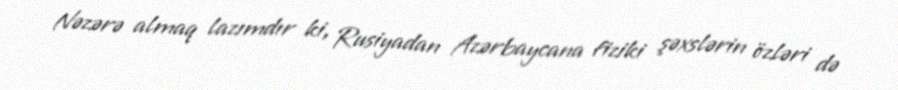
Nəzərə almaq lazımdır ki, Rusiyadan Azərbaycana fiziki şəxslərin özləri də